Report on the administration of the Government Cinchona Department 1892-98
Year: 1892
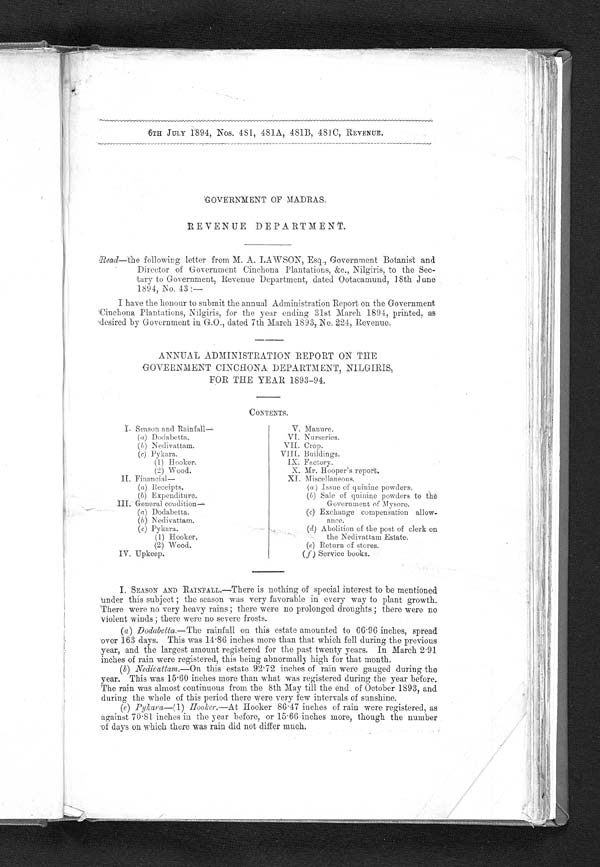
6TH JULY 1894, Nos. 481, 481A, 481B, 481C, REVENUE.
GOVERNMENT OF MADRAS.
REVENUE DEPARTMENT.
Read—the following letter from M. A. LAWSON, Esq., Government Botanist and
Director of Government Cinchona Plantations, &amp;c., Nilgiris, to the Sec-
tary to Government, Revenue Department, dated Ootacamund, 18th June
1894, No. 43 :—
I have the honour to submit the annual Administration Report on the Government
Cinchona Plantations, Nilgiris, for the year ending 31st March 1894, printed,
,desired by Government in G.O., dated 7th March 1893, No. 224, Revenue.
ANNUAL ADMINISTRATION REPORT ON THE
GOVERNMENT CINCHONA DEPARTMENT, NILGIRIS,
FOR THE YEAR 1893-94.
CONTENTS.
I. Season and Rainfall
—
( a) Dodabetta.
( b )Nedivattam.
( c ) Pykara.
(1) Hooker.
(2) Wood.
II. Financial—
( a) Receipts.
(b) Expenditure.
III. General condition
—
((a ) Dodabetta.
((b)Nedivattatn.
((c)Pykara.
(1) Hooker.
(2) Wood.
IV. Upkeep.
V. Manure.
VI. Nurseries.
VII. Crop.
VIII. Buildings.
IX. Factory.
X. Mr. Hooper's report.
XI. Miscellaneous.
(a)Issue of quinine powders.
(b)Sale of quinine powders to the
Government of lysore.
(c)Exchange compensation allow
ance.
(d)Abolition of the post of clerk on
the Nedivattam Estate.
(e)Return of stores.
(f)Service books.
I. SEASON AND RAINFALL.—There is nothing of special interest to be mentioned
under this subject the season was very favorable in every way to plant growth.
There were no very heavy rains there were no prolonged droughts there were no
violent winds there were no severe frosts.
(a)
Dodabetta.— The rainfall on this estate amounted to 66 . 96 inches, spread
over 163 days. Thi s was 14· 86 i nches more than that whi ch fel l duri ng the previ ous
year, and. the largest amount registered for the past twenty years. In March 2.91
inches of rain were registered; this being abnormally high for that month.
(b)
Nedivattam.—On this estate 92 . 72 inches of rain were gauged during the
year. This was 15 . 60 inches more than what was registered during the year before.
The rain was almost continuous from the 8th May till the end of October 1893, and
during the whole of this period there Were very few intervals of sunshine.
(c)
Pykara— (1) Hooker.—At Hooker 86 . 47 inches of rain were registered, as
against 70 . 81. inches in. the year before, or 15·66 inches more, though the number
of days on which there was rain did not differ much.